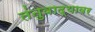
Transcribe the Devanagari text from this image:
तंतुवाद्यावर